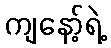
ကျနော့်ရဲ့